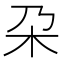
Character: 朶